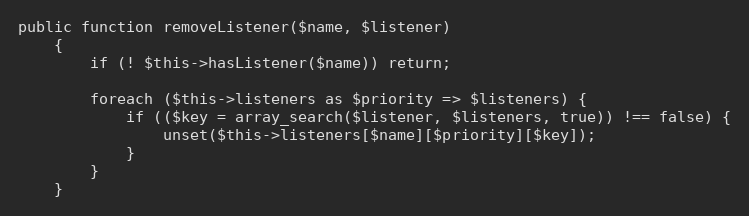
Language: PHP
public function removeListener($name, $listener)
    {
        if (! $this->hasListener($name)) return;

        foreach ($this->listeners as $priority => $listeners) {
            if (($key = array_search($listener, $listeners, true)) !== false) {
                unset($this->listeners[$name][$priority][$key]);
            }
        }
    }